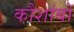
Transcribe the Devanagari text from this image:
कौशांबों